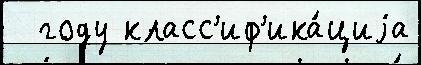
  году класс'иф'ика́циjа